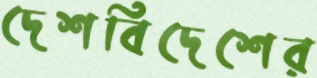
দেশবিদেশের